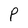
Character: P